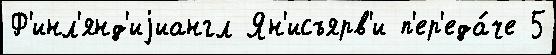
Ф'инл'янд'иjиангл Ян'исъярв'и п'ер'еда́че 5